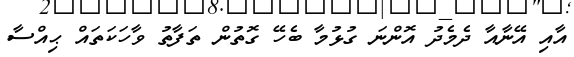
އާއި އޭނާއާ ދެމެދު އޮންނަ ގުޅުމާ ބެހޭ ގޮތުން ތަފާތު ވާހަކަތައް ޙިއްސާ